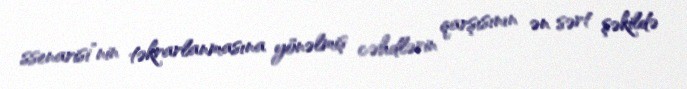
ssenarisi”nin təkrarlanmasına yönəlmiş cəhdlərin qarşısının ən sərt şəkildə